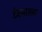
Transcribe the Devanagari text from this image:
टेक्सासचा